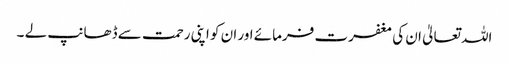
اللہ تعالیٰ ان کی مغفرت فرمائے اور ان کو اپنی رحمت سے ڈھانپ لے ۔